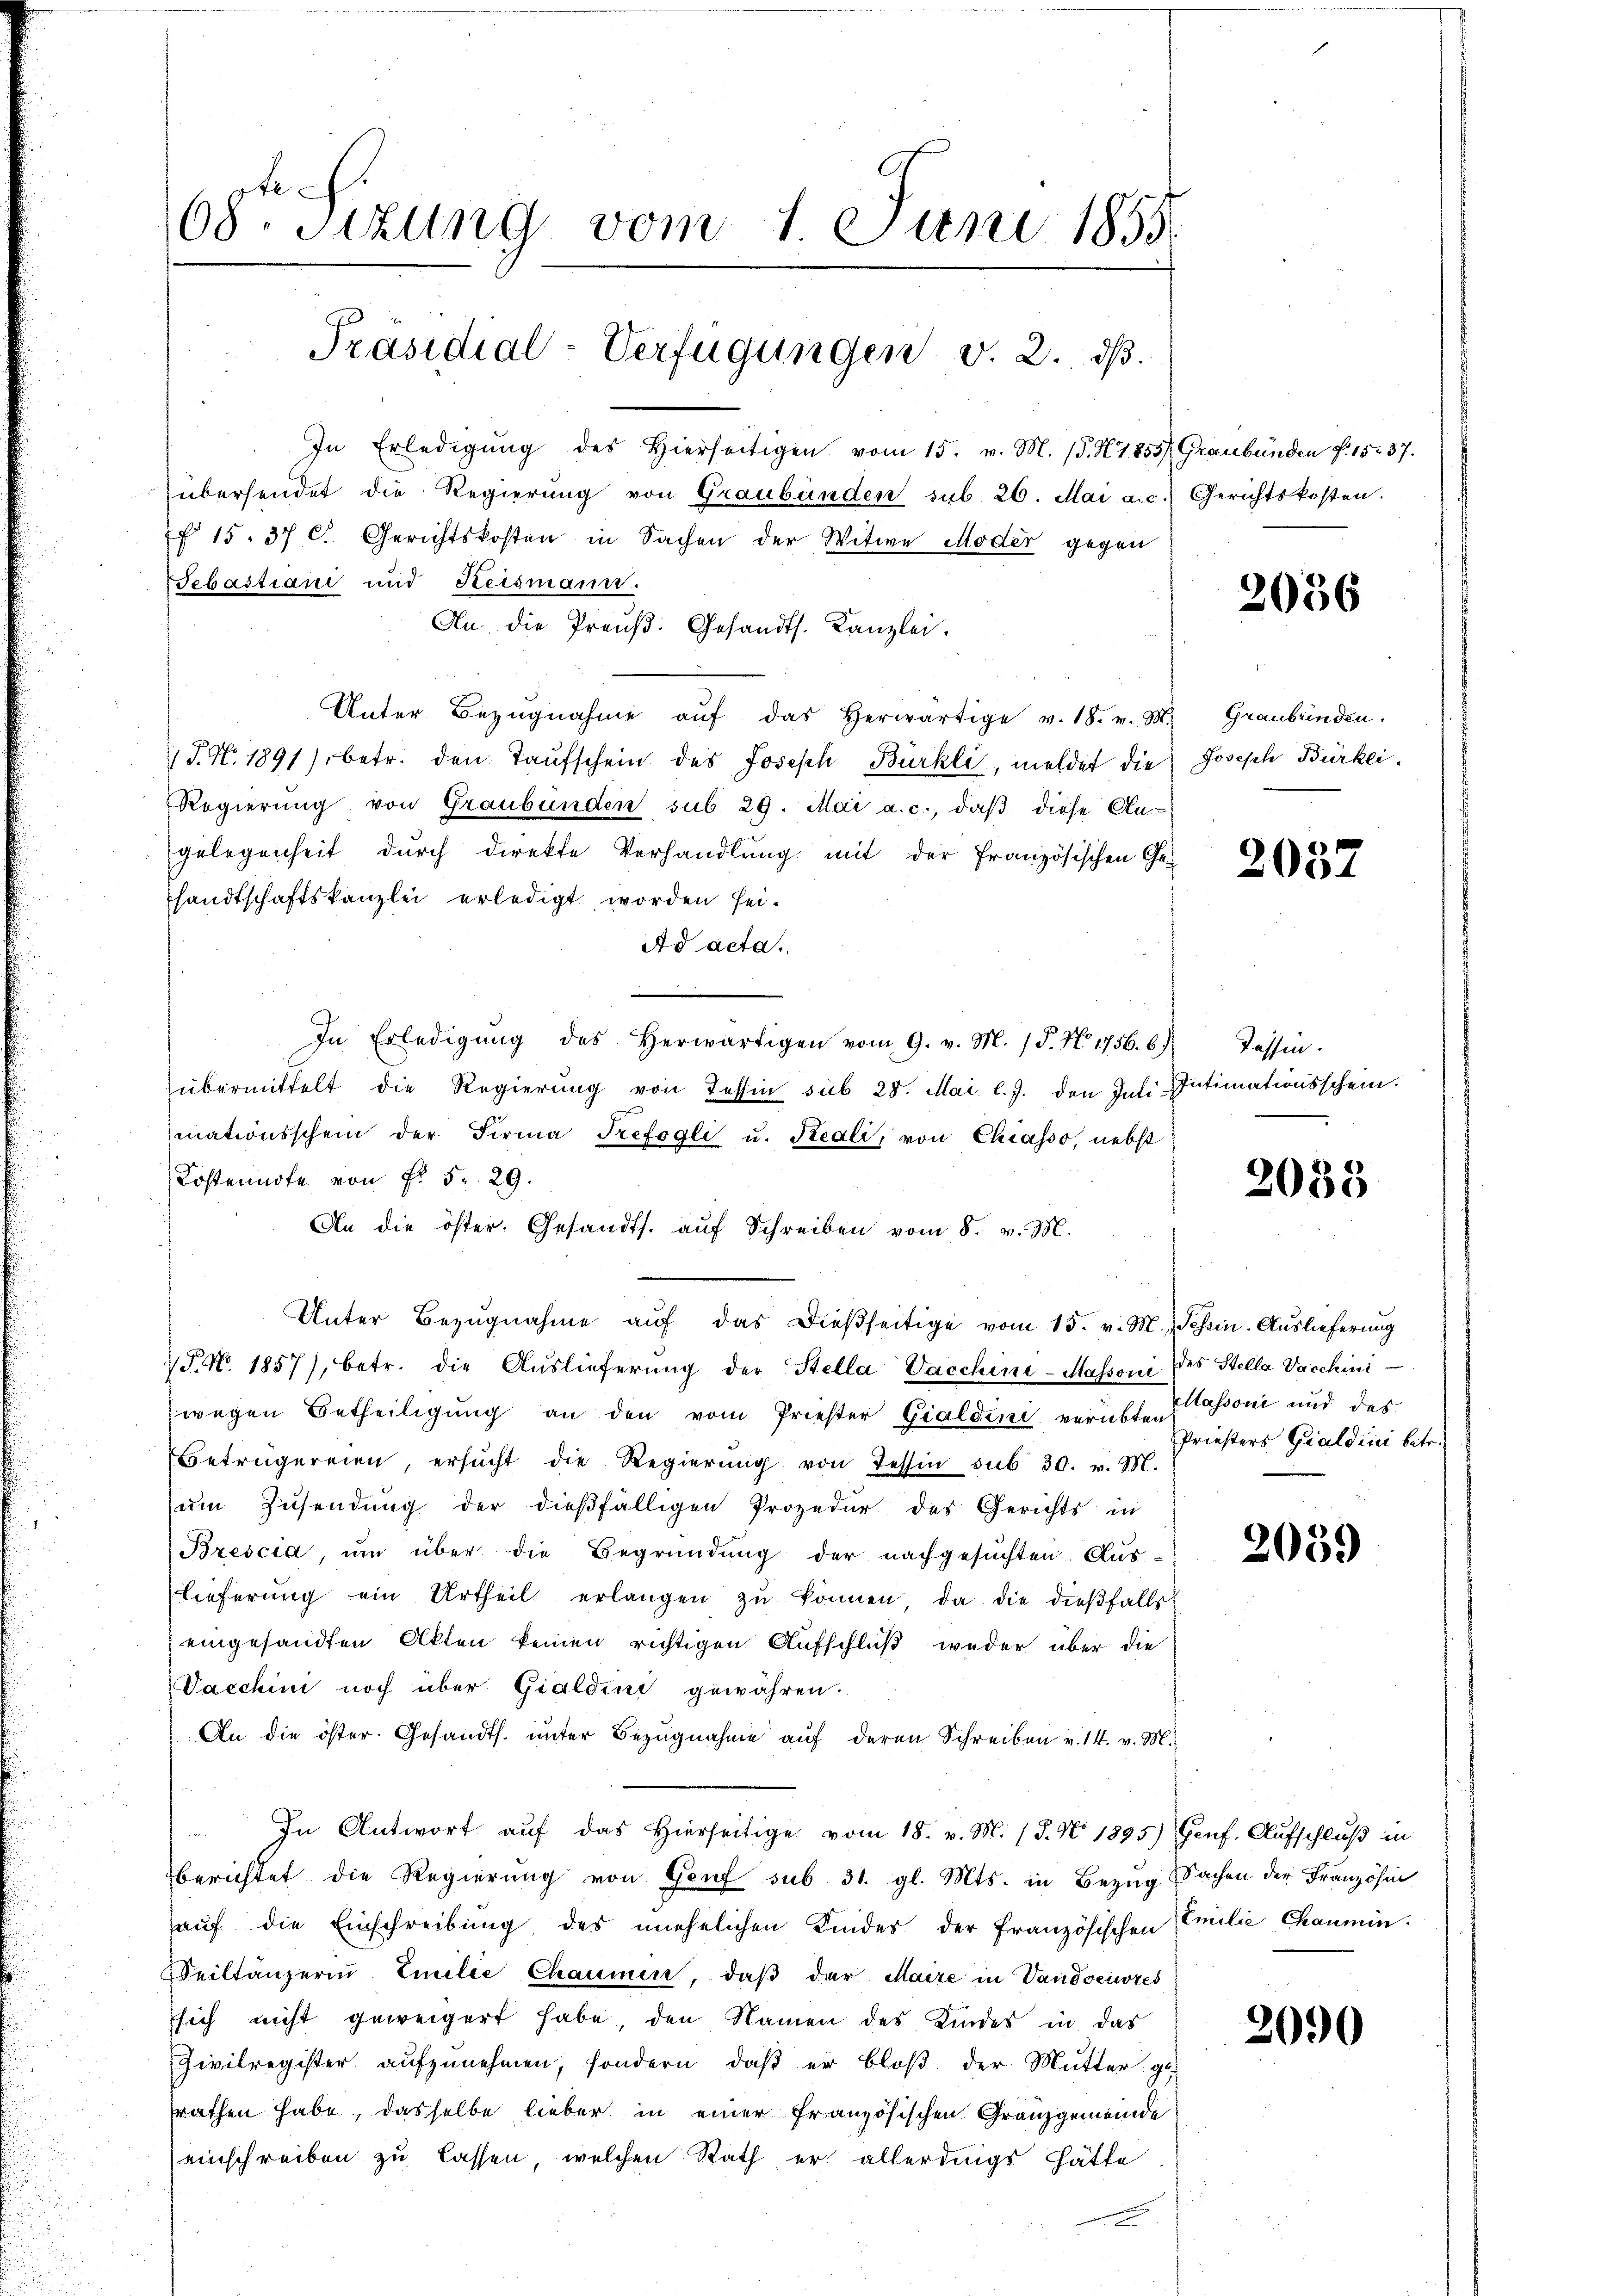
.
08. Sizung vom 1. Juni 1855.
Präsidial-Verfügungen v. 2. dβ.

In Erledigŭng des hierseitigen vom 15. v. M. (S. 1855/ Graubünden f. 15. 37.
übersendet die Regierung von Graubünden sub. 26. Mai a. c.
f 15. 37 C. Gerichtskosten in Sachen der Witwe Moder gegen
Sebastiani und Heismann.
Unter Bezŭgnahme aŭf das herwärtige v. 18. v. M. Graubünden.
P. Nr. 1891/. betr. den Taufschein des Joseph Bürkli, meldet die
Regierung von Graubünden sub 29. Mai a. c., daβ diese An-
gelegenheit dŭrch direkte Verhandlŭng mit der französischen Ge-
sandtschaftskanzlei erledigt worden sei.
Ad acta.
In Erledigŭng des herwärtigen vom 9. v. M. (T. No. 1756. 6)
übermittelt die Regierung von Tessin sub 28. Mai l. J. den Juli
mationsschein der Firma Trefogli u. Reali, von Chiasso, nebst
Kostennote von Fr. 5. 29.
An die öster. Gesandts. aŭf Schreiben vom 8. v. M.
Unter Bezŭgnahme aŭf das dießseitige vom 15. v. M., Tessin. Auslieferung
¼ P. N. 1857), betr. die Auslieferŭng der Stella Vacchini-Massoni des Stella Vacchini
wegen Betheiligung an den vom Priester Gialdini verübten Boni und des
Betrügereien, ersŭcht die Regierŭng von Tessin sub 30. v. M.
um Zusendung der dießfälligen Prozedur des Gerichts in
Bzescia, um über die Begründung der nachgesŭchten Aus-
lieferŭng ein Urtheil erlangen zŭ können, da die dieβfalls
eingesandten Akten keinen richtigen Aufschluß weder über die
Vacchini noch über Gialdini gewähren.
An die öster. Gesandts. ŭnter Bezŭgnahme aŭf deren Schreiben v. 14. v. M.
In Antwort auf das Hierseitige vom 18. v. M. 18. No. 1895) Genf. Aufschluß in
berichtet die Regierung von Genf sub 31. gl. Mts. in Bezug
auf die Einschreibung des unehelichen Kindes der französischen
Weiltänzerin Emilie Chaumen, daß der Maire in Vandociores
sich nicht geweigert habe den Namen des Kindes in das
Zivilregister aufzunehmen, sondern, daß er bloß der Mutter ge
rathen habe, dasselbe lieber in einer französischen Granzgemeinde
einschreiben zu lassen, welchen Rath er allerdings hätte

An die Preuß. Gesandts. Kanzlei.

Gerichtskosten.

2036

Josisch Bürkei.

2052

Tassen.
Intimationsschein.

2055

Priesters Gialdini betr.

2059

Sachen der Französin
Emilie Chaumin.

2090